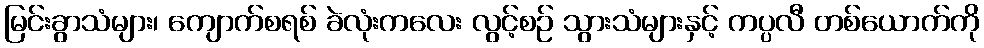
မြင်းခွာသံများ၊ ကျောက်စရစ် ခဲလုံးကလေး လွင့်စဉ် သွားသံများနှင့် ကပ္ပလီ တစ်ယောက်ကို